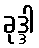
ခုဒ္ဒါ